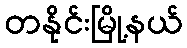
တနိုင်းမြို့နယ်